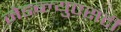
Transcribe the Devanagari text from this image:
जेडब्ल्युएसटी